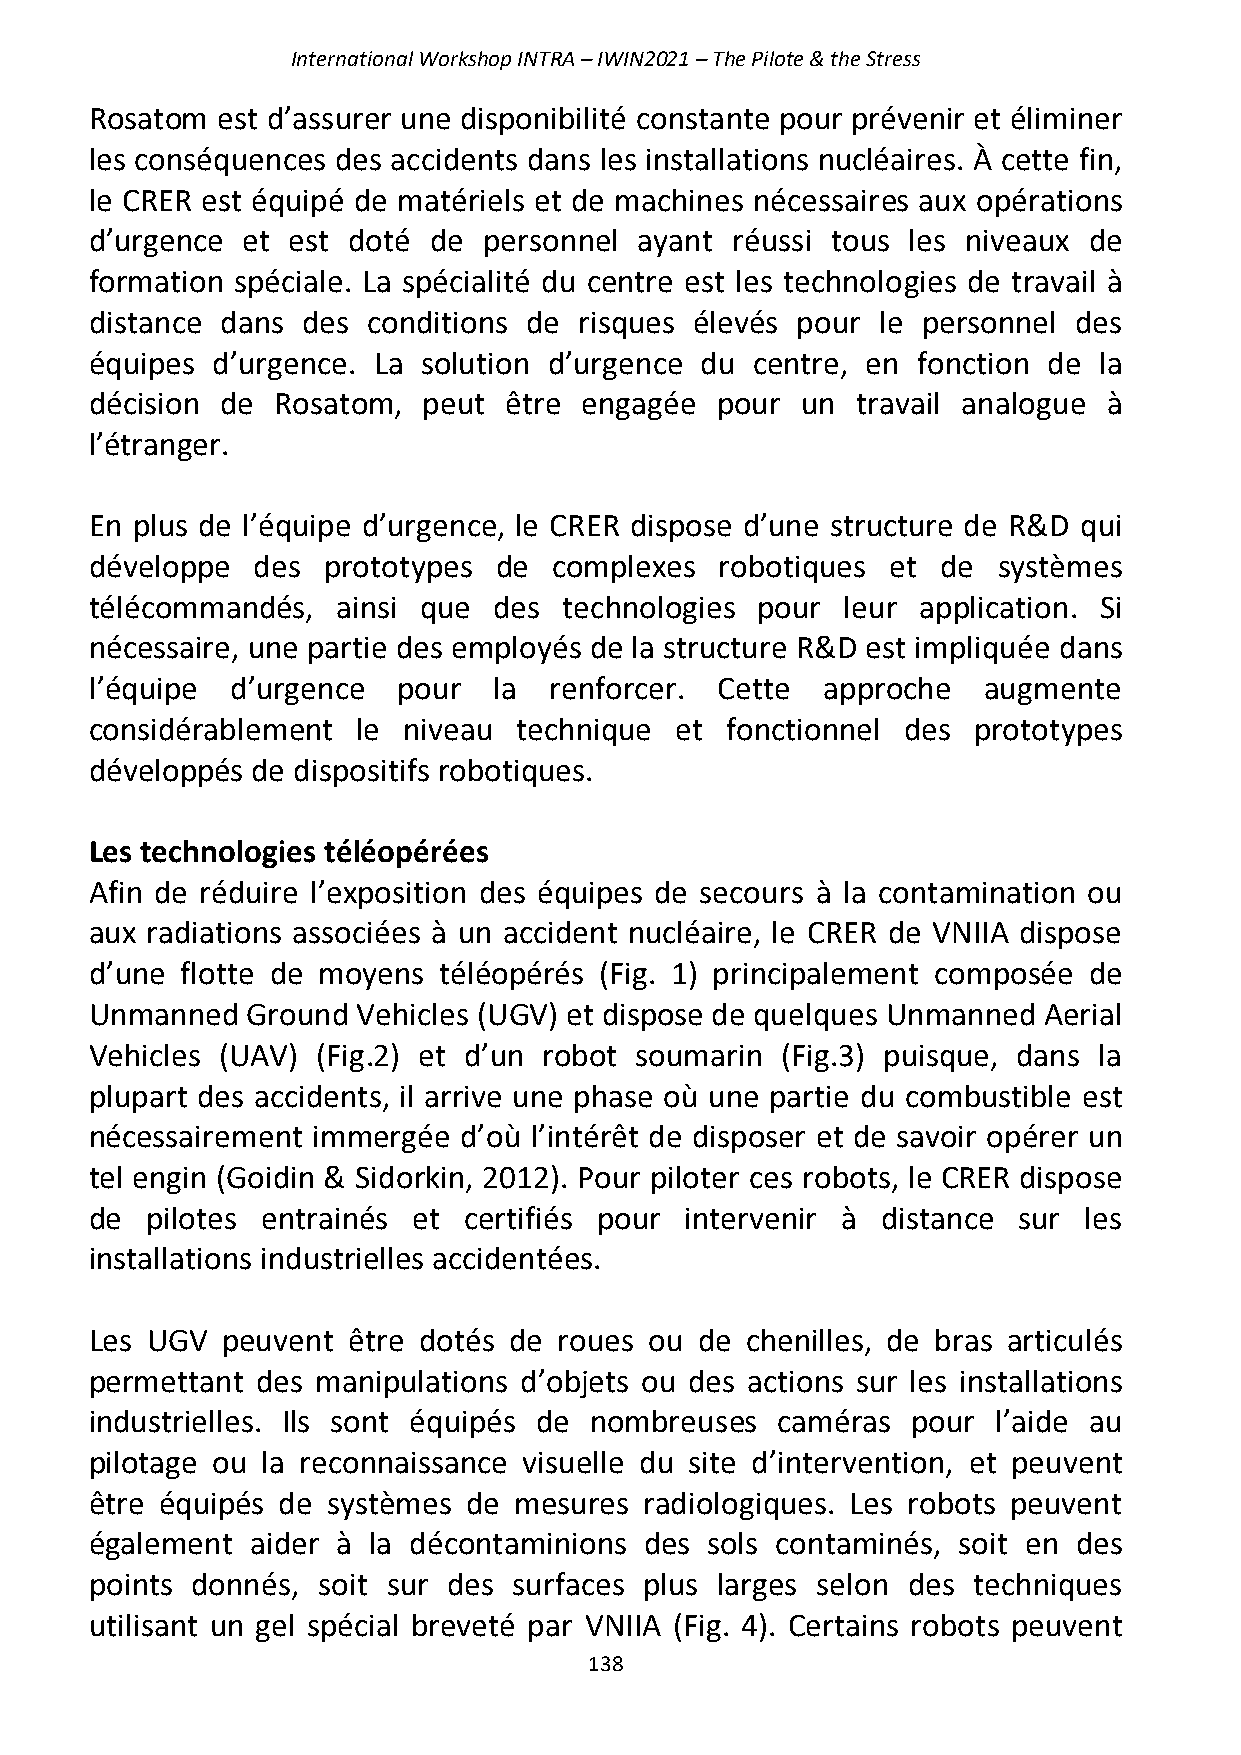
International Workshop INTRA – IWIN2021 – The Pilote & the Stress
 Rosatom est d’assurer une disponibilité constante pour prévenir et éliminer
 les conséquences des accidents dans les installations nucléaires. À cette fin,
 le CRER est équipé de matériels et de machines nécessaires aux opérations
 d’urgence et est doté de  personnel ayant réussi tous les niveaux de
 formation spéciale. La spécialité du centre est les technologies de travail à
 distance dans des conditions de risques élevés pour le personnel des
 équipes d’urgence. La solution d’urgence du centre, en fonction de la
 décision de Rosatom,  peut être  engagée pour  un  travail analogue à
 l’étranger.
 En plus de l’équipe d’urgence, le CRER dispose d’une structure de R&D qui
 développe  des prototypes  de  complexes  robotiques et de  systèmes
 télécommandés,  ainsi que  des technologies pour  leur application. Si
 nécessaire, une partie des employés de la structure R&D est impliquée dans
 l’équipe d’urgence  pour   la renforcer.  Cette  approche  augmente
 considérablement  le niveau technique  et fonctionnel des prototypes
 développés de dispositifs robotiques.
 Les technologies téléopérées
 Afin de réduire l’exposition des équipes de secours à la contamination ou
 aux radiations associées à un accident nucléaire, le CRER de VNIIA dispose
 d’une flotte de moyens téléopérés (Fig. 1) principalement composée de
 Unmanned  Ground  Vehicles (UGV) et dispose de quelques Unmanned Aerial
 Vehicles (UAV) (Fig.2) et d’un robot soumarin (Fig.3) puisque, dans la
 plupart des accidents, il arrive une phase où une partie du combustible est
 nécessairement immergée d’où l’intérêt de disposer et de savoir opérer un
 tel engin (Goidin & Sidorkin, 2012). Pour piloter ces robots, le CRER dispose
 de  pilotes entrainés et certifiés pour intervenir à distance sur les
 installations industrielles accidentées.
 Les UGV  peuvent être dotés de roues ou de chenilles, de bras articulés
 permettant des manipulations d’objets ou des actions sur les installations
 industrielles. Ils sont équipés de nombreuses caméras pour  l’aide au
 pilotage ou la reconnaissance visuelle du site d’intervention, et peuvent
 être équipés de systèmes de mesures  radiologiques. Les robots peuvent
 également  aider à la décontaminions des sols contaminés, soit en des
 points donnés, soit sur des surfaces plus larges selon des techniques
 utilisant un gel spécial breveté par VNIIA (Fig. 4). Certains robots peuvent
 138